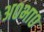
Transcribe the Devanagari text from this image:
अ०भा०